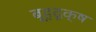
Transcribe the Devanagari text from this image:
बृ्हदृक्ष